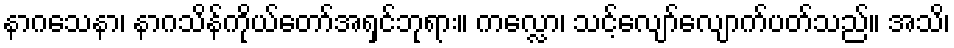
နာဂသေနာ၊ နာဂသိန်ကိုယ်တော်အရှင်ဘုရား။ ကလ္လော၊ သင့်လျော်လျောက်ပတ်သည်။ အသိ၊